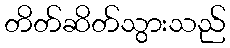
တိတ်ဆိတ်သွားသည်